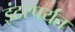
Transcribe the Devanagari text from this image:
इंटरपर्यंत